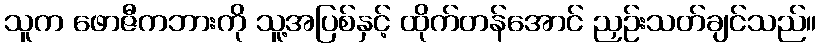
သူက ဖောဇီကဘားကို သူ့အပြစ်နှင့် ထိုက်တန်အောင် ညှဉ်းသတ်ချင်သည်။